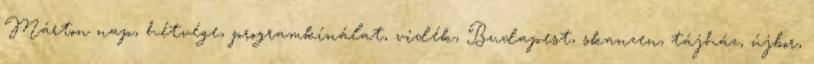
Márton nap, hétvége, programkínálat, vidék, Budapest, skanzen, tájház, újbor,